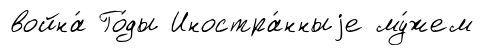
война́ Го́ды Иностра́нныjе му́жем